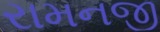
રામનજી